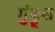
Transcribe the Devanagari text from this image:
गुंड्रूक